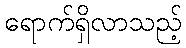
ရောက်ရှိလာသည့်